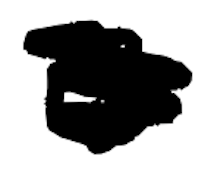
Text: is
Cross-out: scratch
Writing tool: digital_black